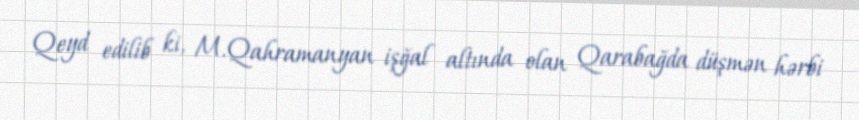
Qeyd edilib ki, M.Qahramanyan işğal altında olan Qarabağda düşmən hərbi